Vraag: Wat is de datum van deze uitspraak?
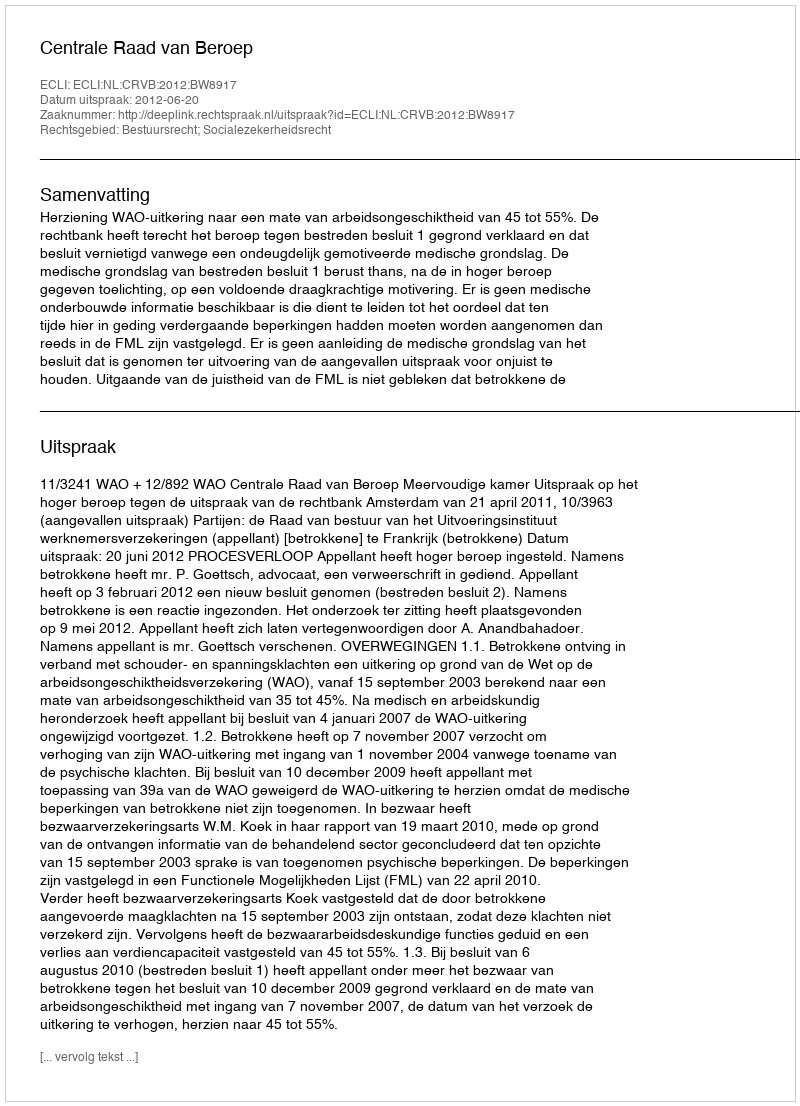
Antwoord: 2012-06-20